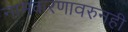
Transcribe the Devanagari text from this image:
नामकरणावरुनही